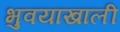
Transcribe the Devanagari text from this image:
भुवयाखाली